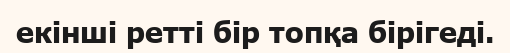
екінші ретті бір топқа бірігеді.